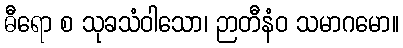
ဓီရော စ သုခသံဝါသော၊ ဉာတီနံဝ သမာဂမော။